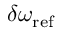
\delta \omega _ { \mathrm { r e f } }